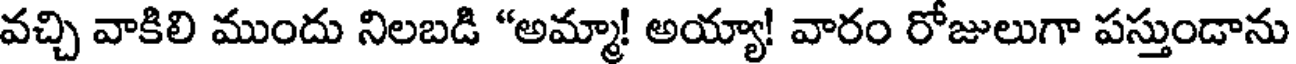
వచ్చి వాకిలి ముందు నిలబడి "అమ్మా! అయ్యా! వారం రోజులుగా పస్తుండాను